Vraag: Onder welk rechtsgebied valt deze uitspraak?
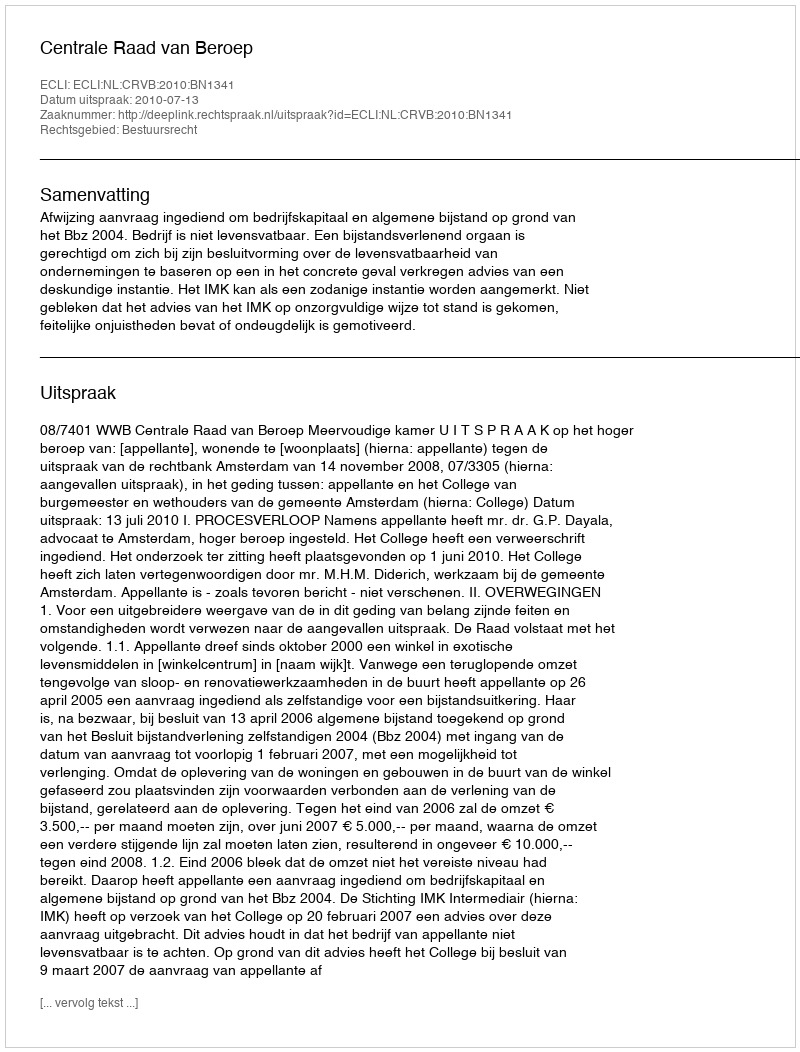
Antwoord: Bestuursrecht